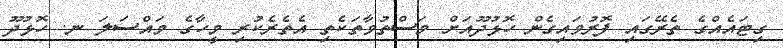
ގިޓައެއްގެ ތެރޭގައި ފޮރުވައިގެން ހޮޅުދޫއަށް މަސްތުވާތަކެތި އެތެރެކުރި މީހާގެ މައްސަލަ ނ. ހޮޅުދޫ